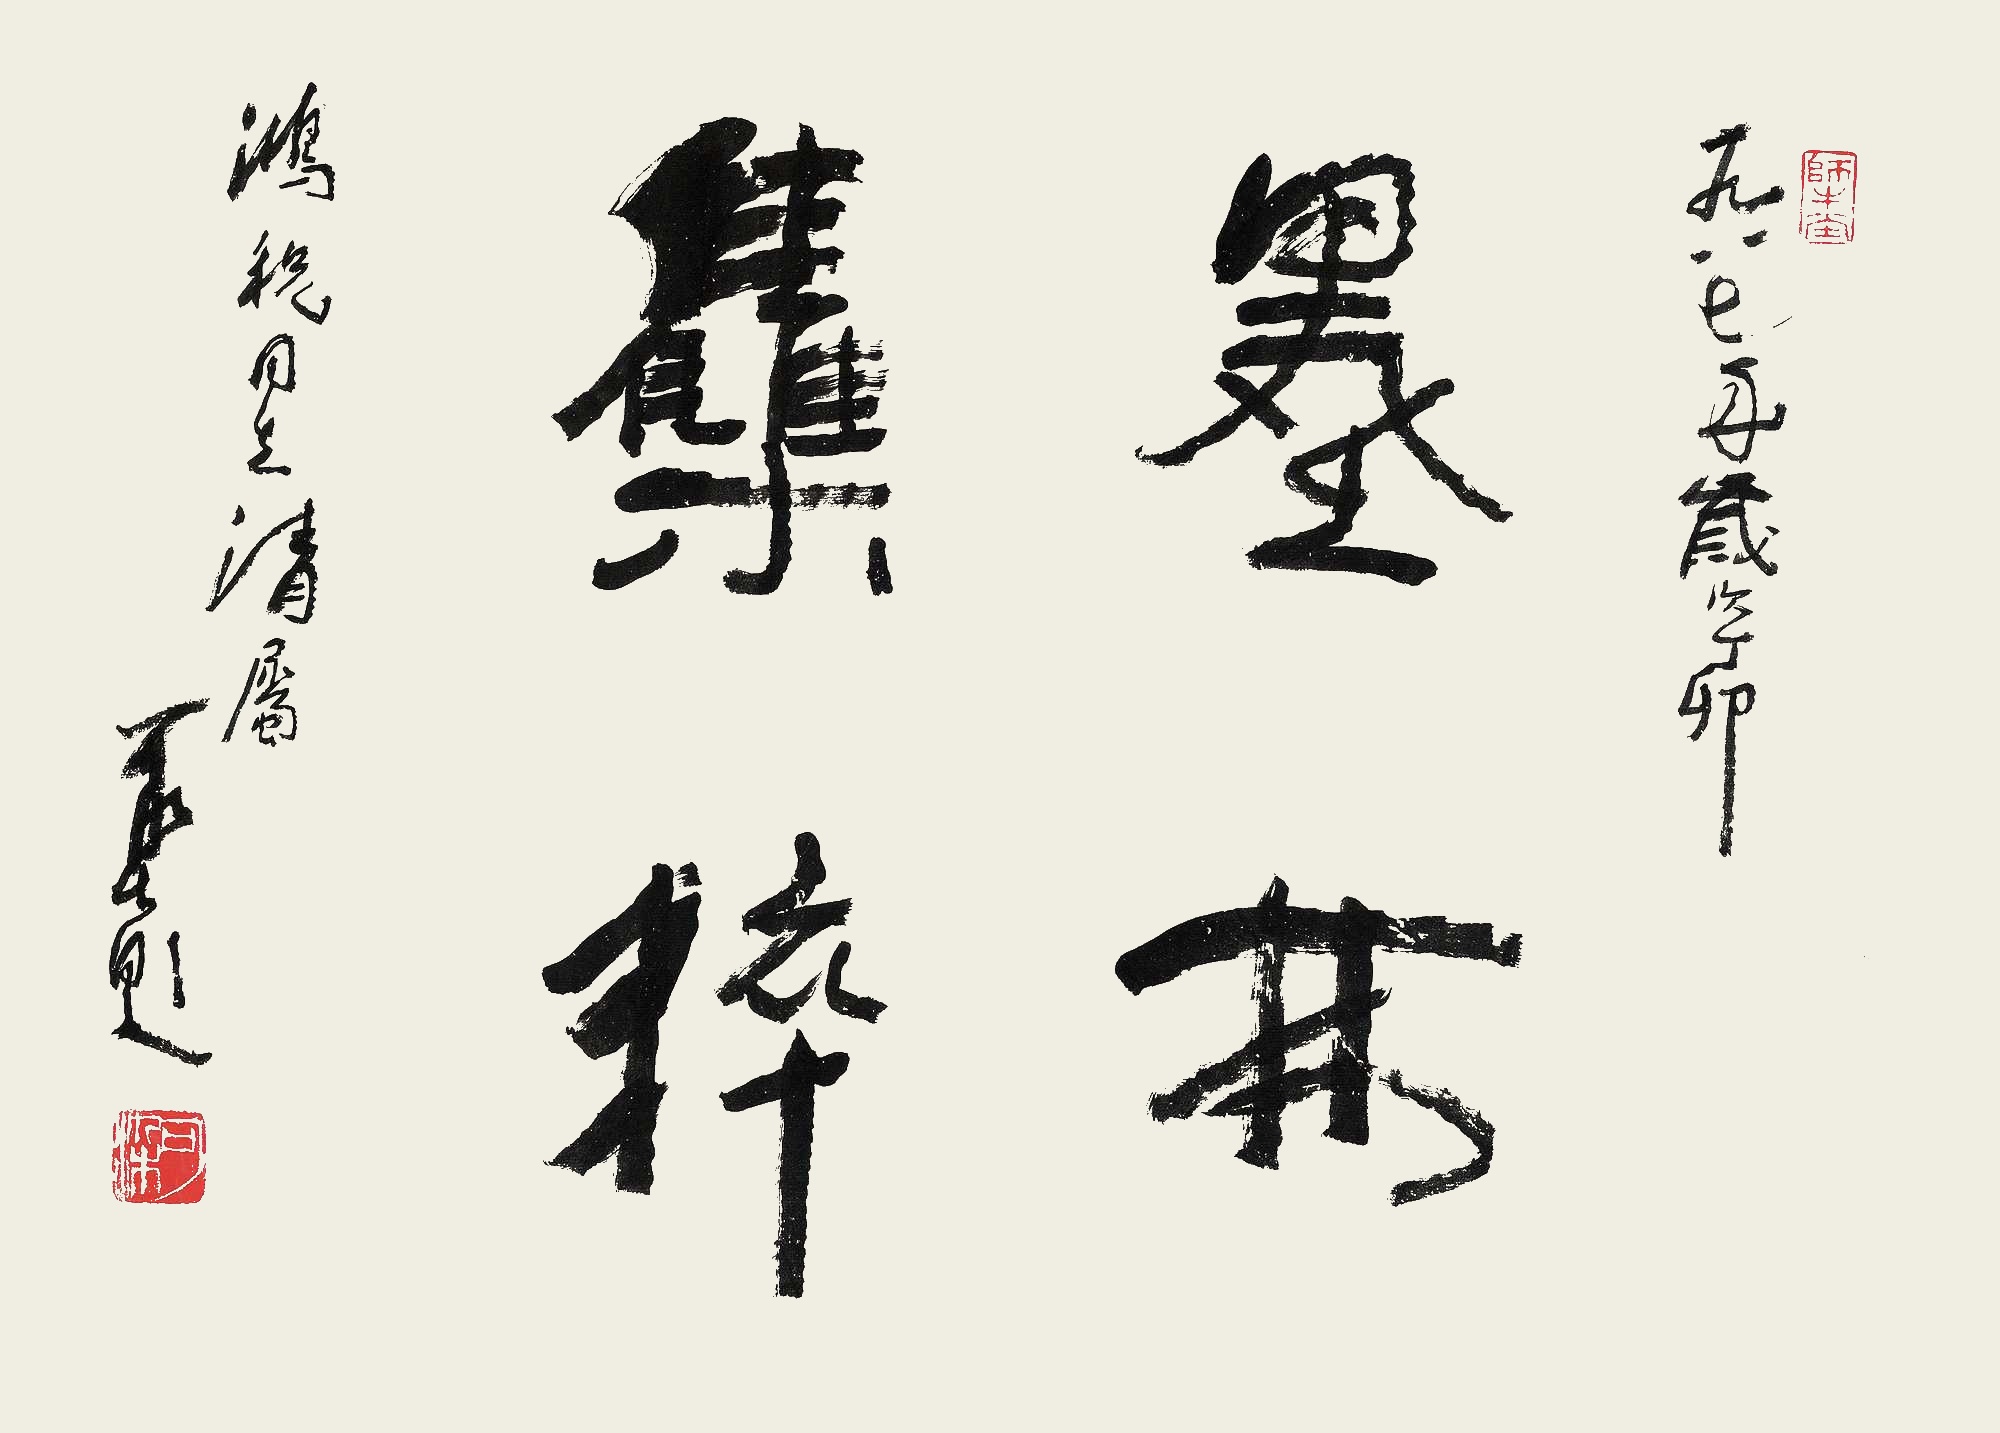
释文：墨林集粹。一九八七年岁次丁卯，鸿祝同志清属，可染题。